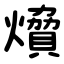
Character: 燲